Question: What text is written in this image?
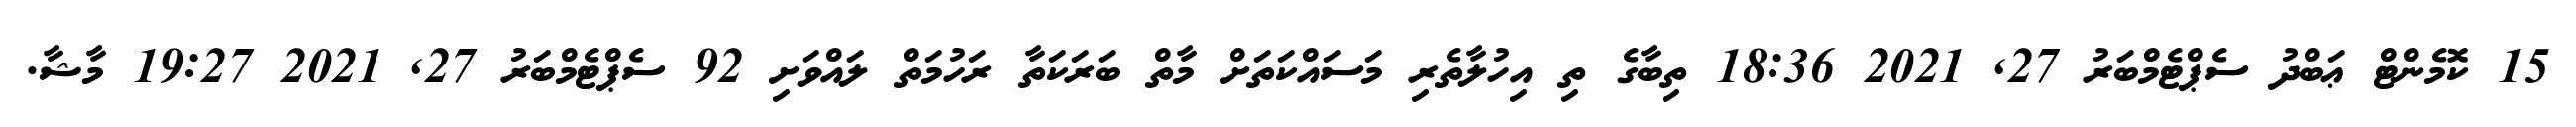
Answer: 15 ކޮމެންޓް ޢަބްދު ސެޕްޓެމްބަރު 27, 2021 18:36 ތިބާގެ ތި އިހުލާތެރި މަސައްކަތަށް މާތް ބަރަކަތާ ރަހުމަތް ލައްވަށި 92 ސެޕްޓެމްބަރު 27, 2021 19:27 މާޝާ.